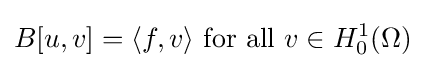
B[u,v]=\langle f,v\rangle {\mbox{ for all }}v\in H_{0}^{1}(\Omega )